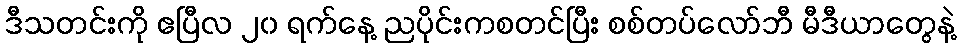
ဒီသတင်းကို ဧပြီလ ၂၀ ရက်နေ့ ညပိုင်းကစတင်ပြီး စစ်တပ်လော်ဘီ မီဒီယာတွေနဲ့